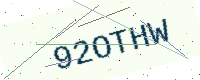
Text: 92OTHW